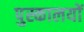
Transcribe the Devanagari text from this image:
पुस्कालयों